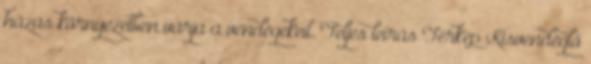
házas környezetben várja a vendégekeit. Teljes leírás Térkép Kisvendéglő